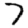
Digit: 7